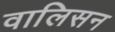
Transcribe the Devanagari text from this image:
वालिसन